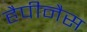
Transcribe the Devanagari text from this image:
हैपीनैस